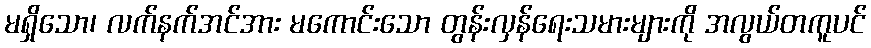
မရှိသော၊ လက်နက်အင်အား မကောင်းသော တွန်းလှန်ရေးသမားများကို အလွယ်တကူပင်